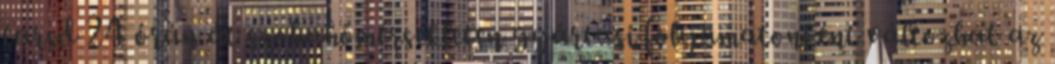
tarsd 24 órán át szobahőmérsékleten gyártási folyamatonként változhat az